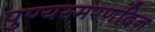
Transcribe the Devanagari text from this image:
पुण्यस्मरणदिन